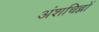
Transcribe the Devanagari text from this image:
अंशचिह्नों